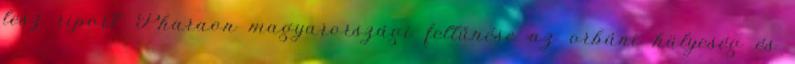
lesz riport. Pharaon magyarországi feltűnése az orbáni hülyeség és